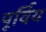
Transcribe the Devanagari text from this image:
पूर्विय